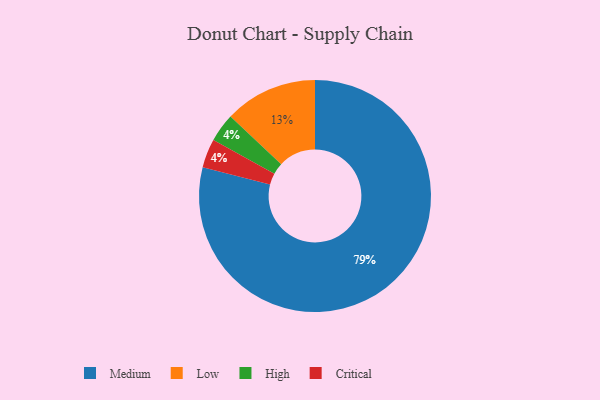
{"axis": {"x": "Category", "y": "Percentage"}, "legend": ["Critical", "High", "Low", "Medium"], "data": [{"x": "Medium", "y": 79, "type": "Medium"}, {"x": "High", "y": 4, "type": "High"}, {"x": "Low", "y": 13, "type": "Low"}, {"x": "Critical", "y": 4, "type": "Critical"}]}